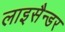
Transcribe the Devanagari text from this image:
लाइसैन्डर